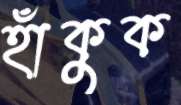
হাঁকুক